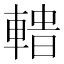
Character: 𨍟